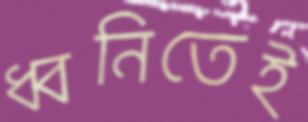
ধ্বনিতেই